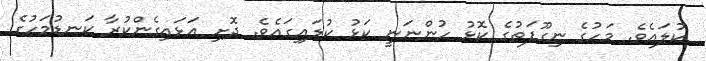
ކުލައެވެ. މަހުގެ ނިގޫފަތުގެ ކޮޅު ހުންނަނީ ކަޅު ކުލައިގައެވެ. ދޮށި އަޅައިގެންކުރާ ކަނޑުމަހުގެ